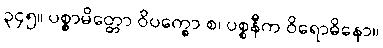
၃၄၅။ ပစ္စာမိတ္တော ဝိပက္ခော စ၊ ပစ္စနီက ဝိရောဓိနော။